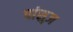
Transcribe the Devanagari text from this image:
पांसुज